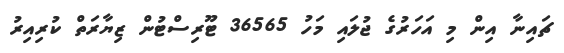
ޗައިނާ އިން މި އަހަރުގެ ޖުލައި މަހު 36565 ޓޫރިސްޓުން ޒިޔާރަތް ކުރިއިރު